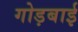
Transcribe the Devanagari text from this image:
गोड़बाई